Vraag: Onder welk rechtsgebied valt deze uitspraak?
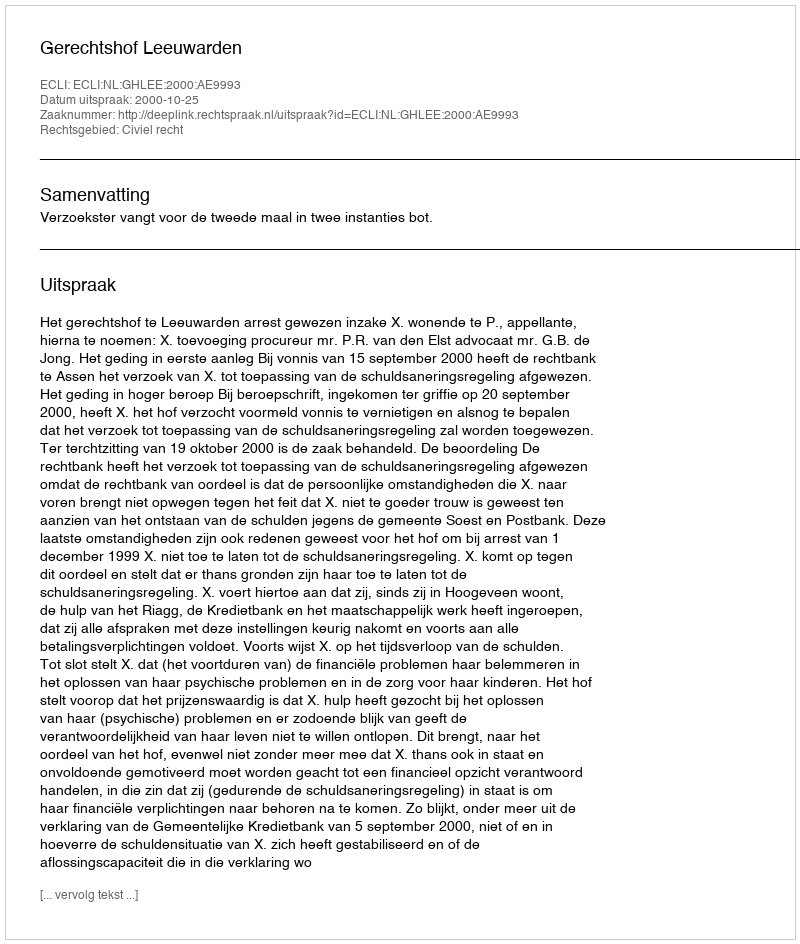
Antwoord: Civiel recht